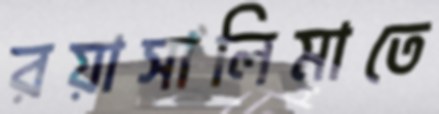
রয়াসালিমাতে